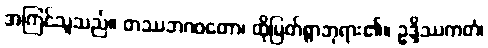
အကြင်သူသည်။ တဿဘဂဝတော၊ ထိုမြတ်စွာဘုရား၏။ ဥဒ္ဒိဿကတံ၊